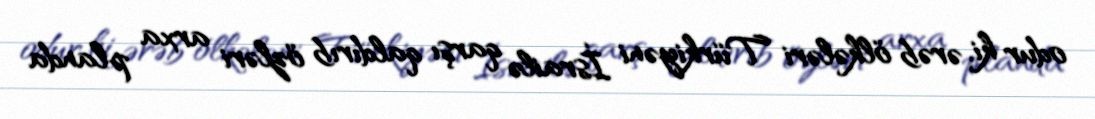
odur ki, ərəb ölkələri Türkiyəni İsrailə qarşı qaldırıb özləri arxa planda